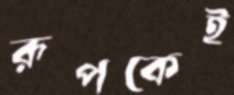
রূপকেই